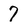
Character: 7